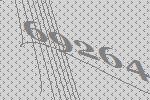
69264